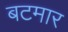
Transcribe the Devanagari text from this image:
बटमार